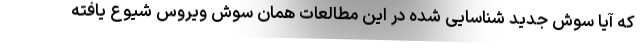
که آیا سوش جدید شناسایی شده در این مطالعات همان سوش ویروس شیوع یافته